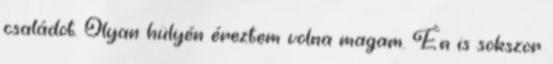
családot. Olyan hülyén éreztem volna magam. Én is sokszor